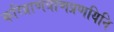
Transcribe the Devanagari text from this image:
करिप्राणत्राणप्रणयिनि